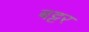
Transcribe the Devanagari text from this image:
बट्टर